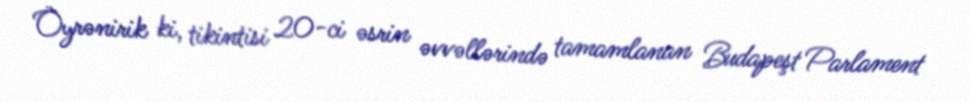
Öyrənirik ki, tikintisi 20-ci əsrin əvvəllərində tamamlanan Budapeşt Parlament